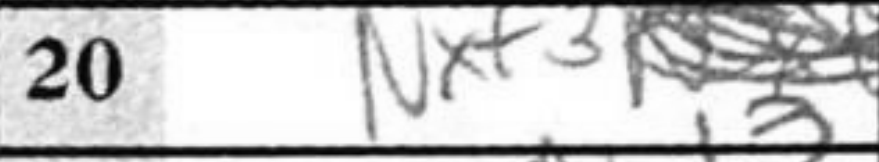
Transcription: Nxf3